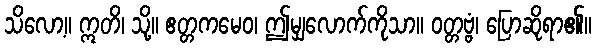
သိလော့။ ဣတိ၊ သို့။ ဧတ္တကမေဝ၊ ဤမျှလောက်ကိုသာ။ ဝတ္တဗ္ဗံ၊ ပြောဆိုရာ၏။